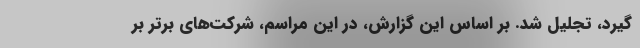
گیرد، تجلیل شد. بر اساس این گزارش، در این مراسم، شرکت‌های برتر بر